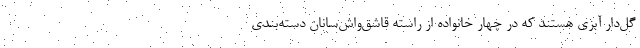
گل‌دار آبزی هستند که در چهار خانواده از راسته قاشق‌واش‌سانان دسته‌بندی